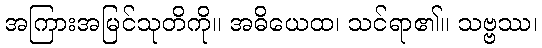
အကြားအမြင်သုတိကို။ အဓိယေထ၊ သင်ရာ၏။ သဗ္ဗဿ၊